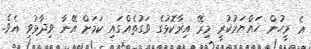
އެ މީހުން ހައްޔަރުކުރީ މިރޭ އިރާކޮޅުގެ ވަގުތެއްގައި ކަމަށް އޭނާ ވިދާޅުވި އެވެ.